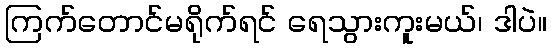
ကြက်တောင်မရိုက်ရင် ရေသွားကူးမယ်၊ ဒါပဲ။